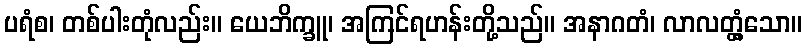
ပရံစ၊ တစ်ပါးတုံလည်း။ ယေဘိက္ခူ၊ အကြင်ရဟန်းတို့သည်။ အနာဂတံ၊ လာလတ္တံ့သော။